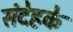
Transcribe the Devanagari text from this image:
संदेहके